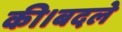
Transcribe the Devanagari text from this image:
की।बदले